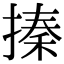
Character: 搸